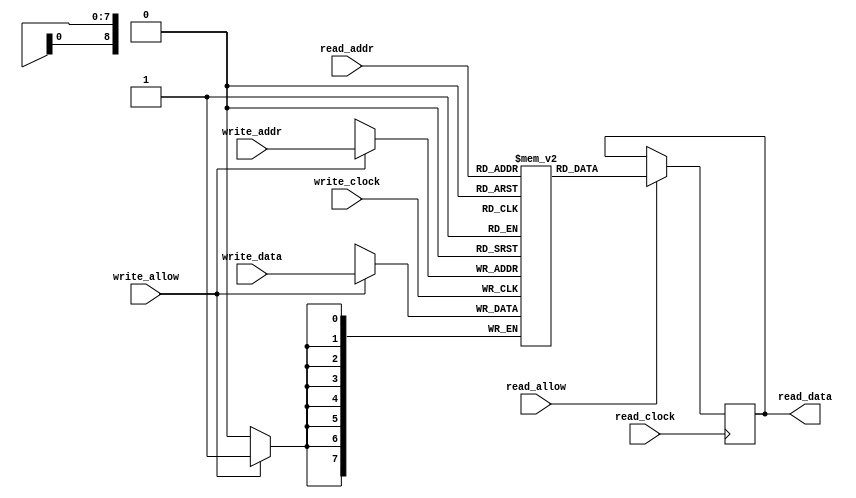
module DualRAM(
    write_clock,
    read_clock,
    write_allow,
    read_allow,
    write_addr,
    read_addr,
    write_data,
    read_data
);

parameter DLY   =1;  //zero time delays can be confusion
parameter RAM_WIDTH = 8; //per address can save 8bit
parameter RAM_DEPTH = 512; //can save 512 data
parameter ADDR_WIDTH = 9; //512=2**9

input write_clock;
input read_clock;
input write_allow;
input read_allow;
input [ADDR_WIDTH-1:0] write_addr;
input [ADDR_WIDTH-1:0] read_addr;
input [RAM_WIDTH-1:0] write_data;
output [RAM_WIDTH-1:0] read_data;
reg [RAM_WIDTH-1:0] memory[RAM_DEPTH-1:0];

always @ (posedge write_clock)
begin
    if(write_allow)
        memory[write_addr] <= #DLY write_data;
end

always @ (posedge read_clock)
begin
    if(read_allow)
        read_data <= #DLY memory[read_addr];
end

endmodule